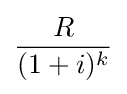
{\frac {R}{(1+i)^{k}}}